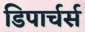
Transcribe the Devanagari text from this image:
डिपार्चर्स